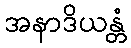
အနာဒိယန္တံ